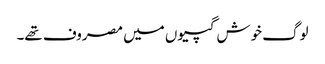
لوگ خوش گپیوں میں مصروف تھے۔